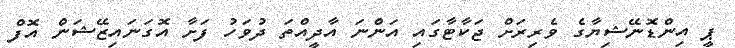
ޕީ އިންޑޮނޭޝިޔާގެ ވެރިރަށް ޖަކާޓާގައި އަންނަ އާދީއްތަ ދުވަހު ފަށާ އޮގަނައިޒޭޝަން އޮފް